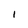
Character: I